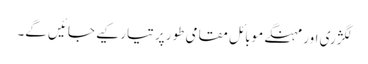
لگژری اور مہنگے موبائل مقامی طور پر تیار کیے جائیں گے۔